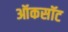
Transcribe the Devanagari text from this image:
ऑकसॉट